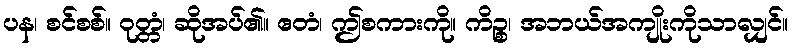
ပန၊ စင်စစ်။ ဝုတ္တံ၊ ဆိုအပ်၏။ ဧတံ၊ ဤစကားကို။ ကိဉ္စ၊ အဘယ်အကျိုးကိုသာလျှင်။